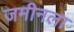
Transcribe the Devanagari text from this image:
जमीनला